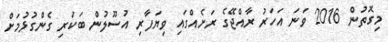
މިގޮތުން 2016 ވަނަ އަހަރު ރާއްޖޭގެ ރަށެއްގައި ވިޔަފާރި އުސޫލުން ބަކަރި ގެންގުޅުމަށް